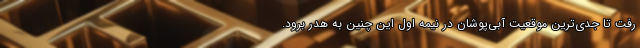
رفت تا جدی‌ترین موقعیت آبی‌پوشان در نیمه اول این چنین به هدر برود.